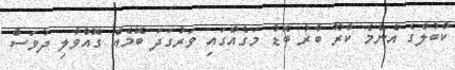
ކާބުލްގެ އެންމެ ކާރޫ ބާރު ބޮޑު މަގެއްގައި ވަރުގަދަ ބޮމެއް ގޮއްވާލި ދުވަސް